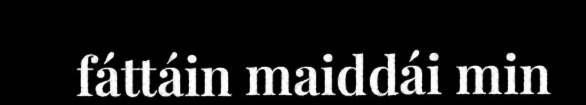
fáttáin maiddái min